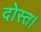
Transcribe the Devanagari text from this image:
दोस्त।